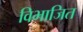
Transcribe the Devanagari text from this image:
विभाजित